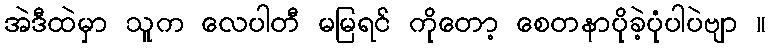
အဲဒီထဲမှာ သူက လေပါတီ မမြရင် ကိုတော့ စေတနာပိုခဲ့ပုံပါပဲဗျာ ။